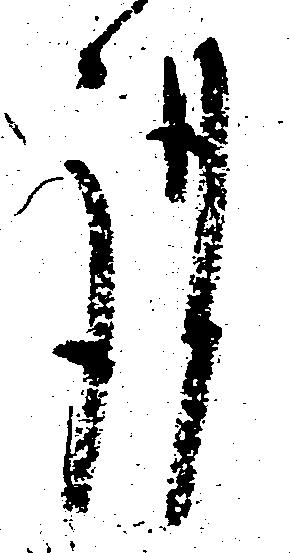
謹